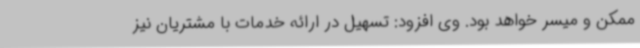
ممکن و میسر خواهد بود. وی افزود: تسهیل در ارائه خدمات با مشتریان نیز